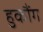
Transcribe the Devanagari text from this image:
हुकौंग